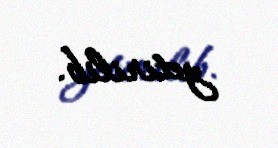
yetirilib.